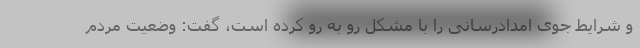
و شرایط جوی امدادرسانی را با مشکل رو به رو کرده است، گفت: وضعیت مردم